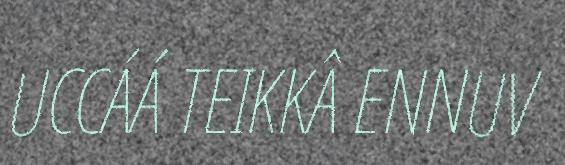
UCCÁÁ TEIKKÂ ENNUV